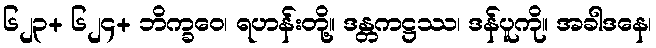
၆၂၃+ ၆၂၄+ ဘိက္ခဝေ၊ ရဟန်းတို့။ ဒန္တကဋ္ဌဿ၊ ဒန်ပူကို။ အခါဒနေ၊